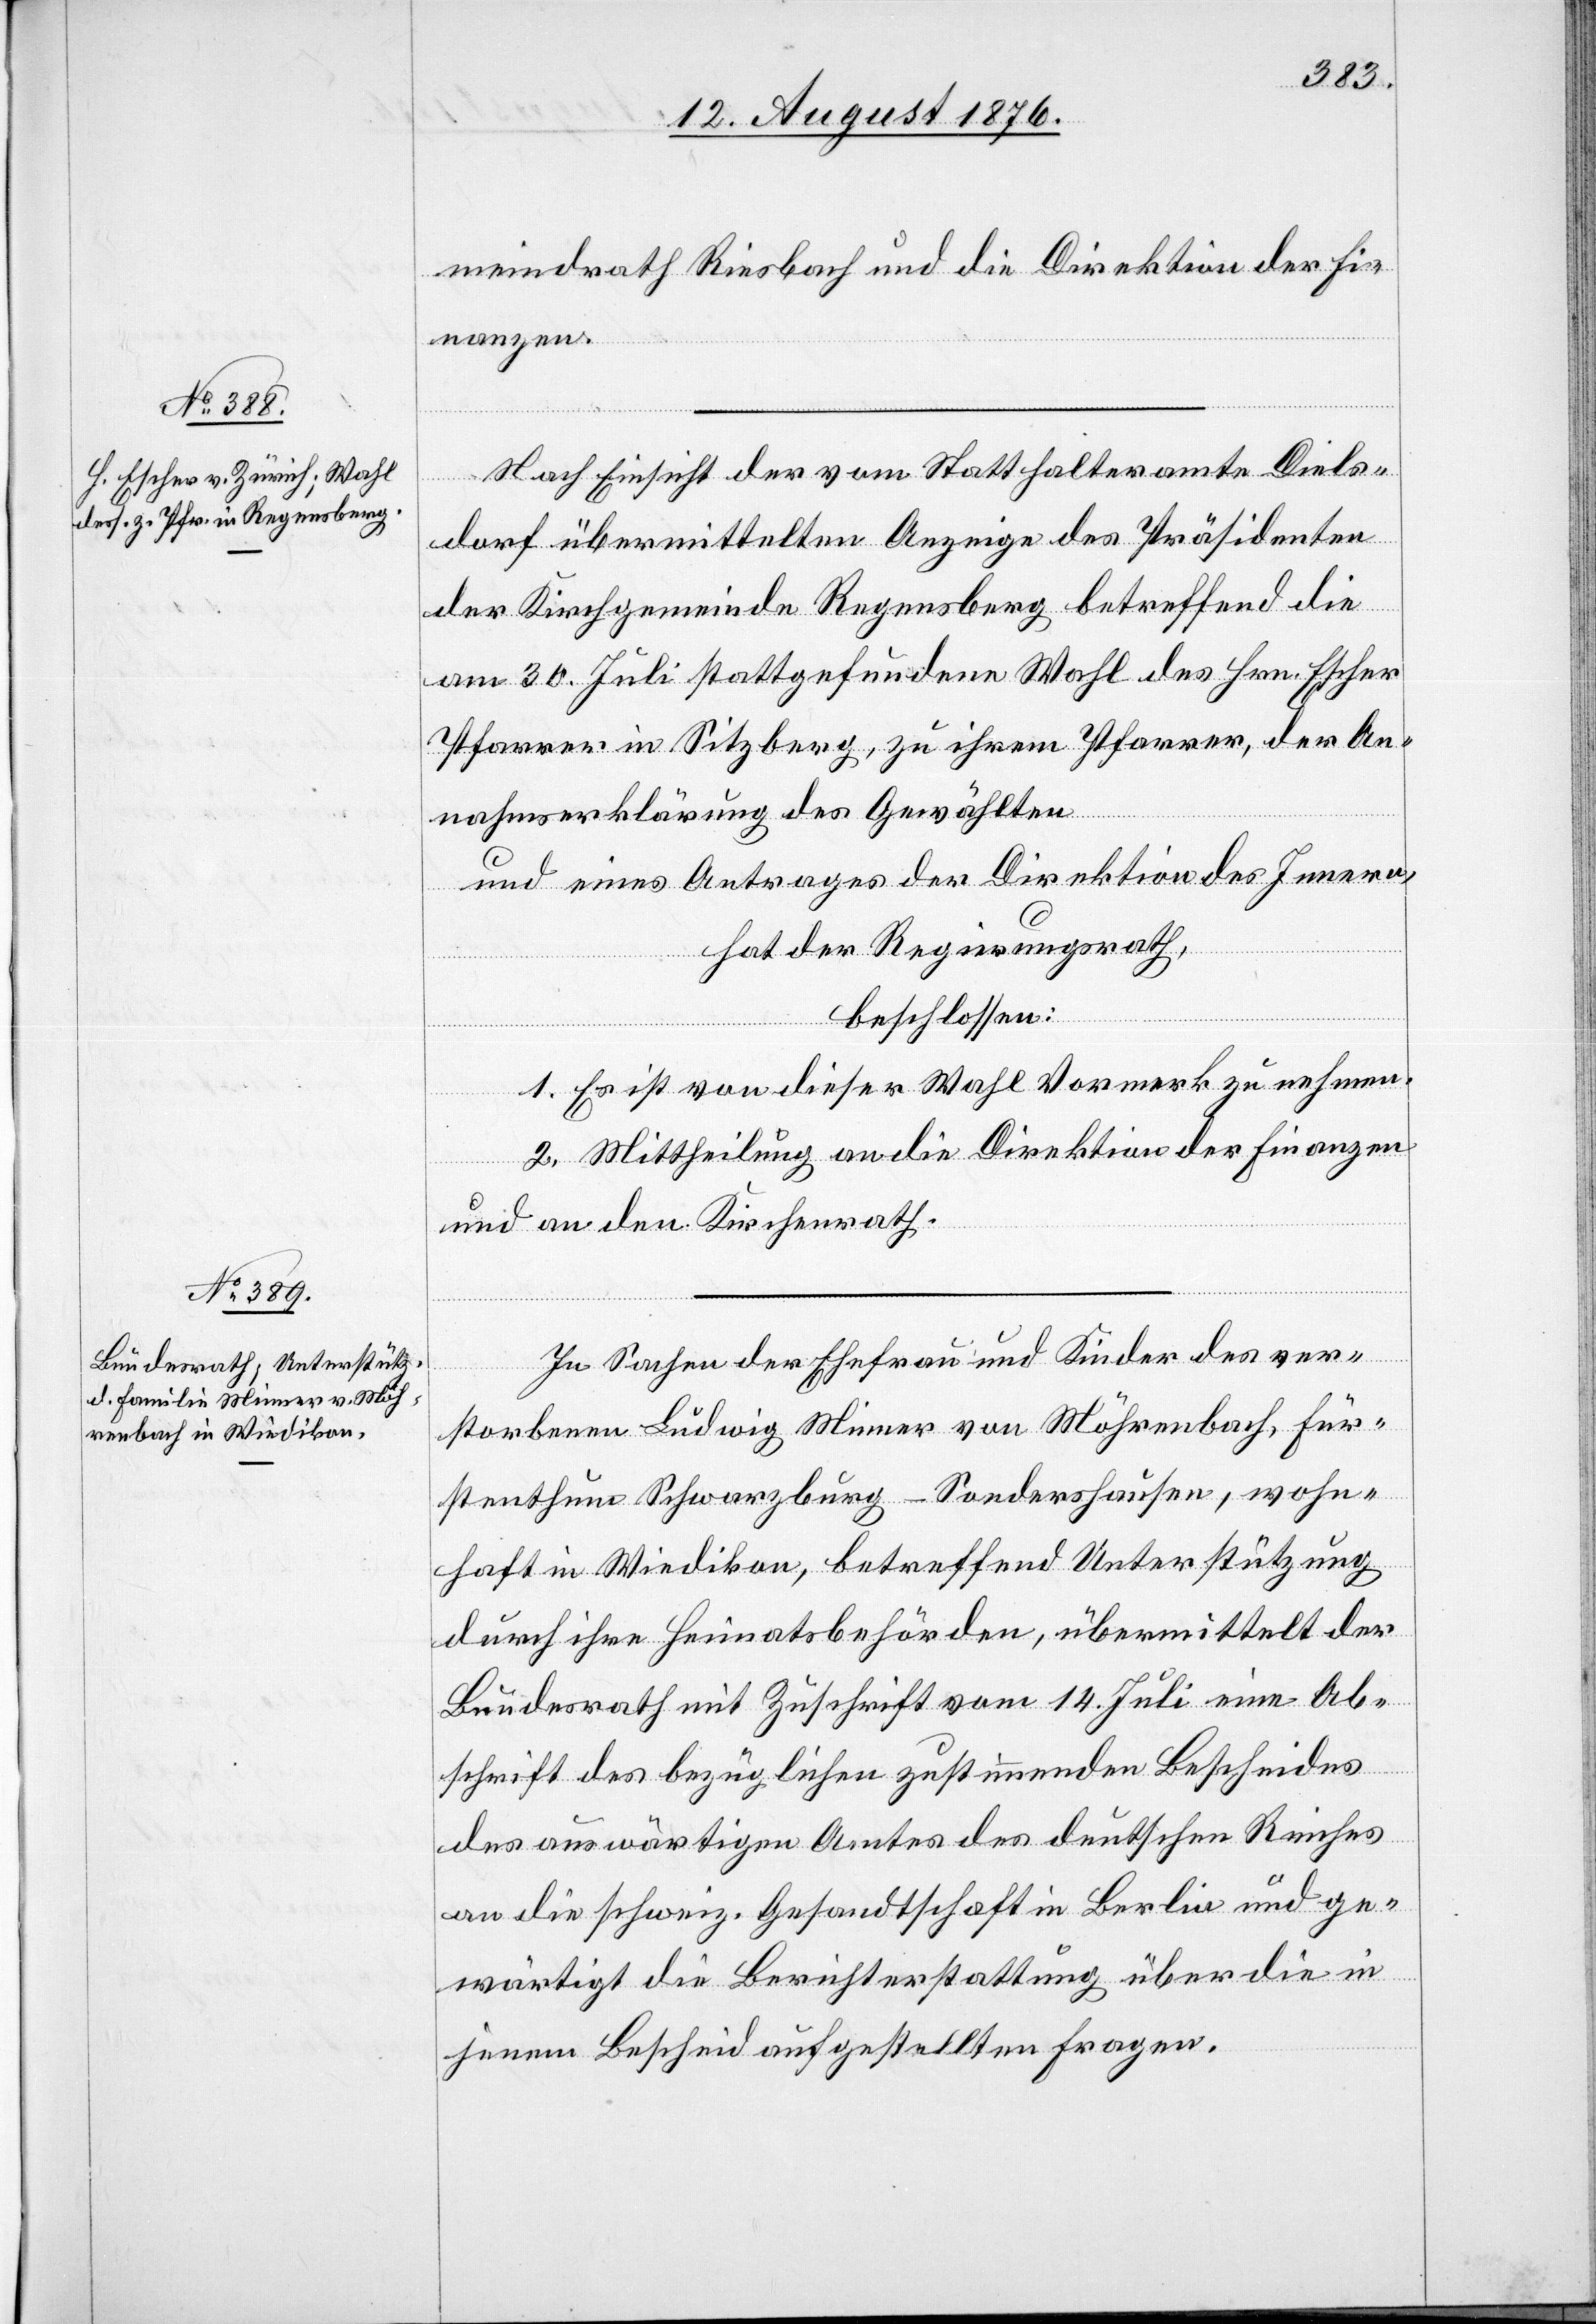
meinderath Riesbach und die Direktion der Fi¬
nanzen.
Nach Einsicht der vom Statthalteramte Diels¬
dorf übermittelten Anzeige des Präsidenten
der Kirchgemeinde Regensberg betreffend die
am 30., Juli stattgefundene Wahl des Hrn. Escher
Pfarrer in Sitzberg, zu ihrem Pfarrer, der An¬
nahmserklärung des Gewählten
und eines Antrages der Direktion des Innern,
hat der Regierungsrath,
beschlossen:
1. Es ist von dieser Wahl Vormerk zu nehmen.
2. Mittheilung an die Direktion der Finanzen
und an den Kirchenrath.
In Sachen der Ehefrau und Kinder des ver¬
storbenen Ludwig Minner von Möhrenbach, Für¬
stenthum Schwarzburg - Sondershausen, wohn¬
haft in Wiedikon, betreffend Unterstützung
durch ihre Heimatsbehörden, übermittelt der
Bundesrath mit Zuschrift vom 14. Juli eine Ab¬
schrift des bezüglichen zustimmenden Bescheides
des auswärtigen Amtes des deutschen Reiches
an die schweiz. Gesandtschaft in Berlin und ge¬
wärtigt die Berichterstattung über die in
jenem Bescheid aufgestellten Fragen.